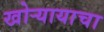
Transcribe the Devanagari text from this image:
खोऱ्यायाचा